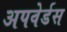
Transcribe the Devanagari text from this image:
अपवेर्डस